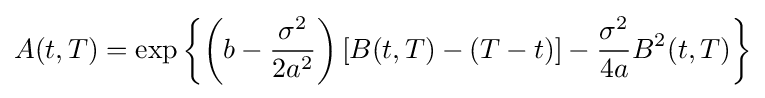
A(t,T)=\exp \left\{\left(b-{\frac {\sigma ^{2}}{2a^{2}}}\right)\left[B(t,T)-(T-t)\right]-{\frac {\sigma ^{2}}{4a}}B^{2}(t,T)\right\}